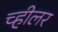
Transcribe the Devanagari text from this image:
च्हीलर